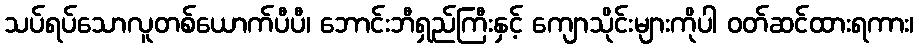
သပ်ရပ်သောလူတစ်ယောက်ပီပီ၊ ဘောင်းဘီရှည်ကြီးနှင့် ကျောသိုင်းများကိုပါ ဝတ်ဆင်ထားရကား၊